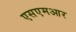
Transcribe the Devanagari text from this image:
एसएमआर